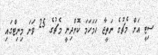
ސިޓީ އަށް މެޗުގެ ނަތީޖާ ހަމަހަަމަ ކޮށްދިނީ މެޗުގެ 25 ވަނަ މިނިޓްގައި